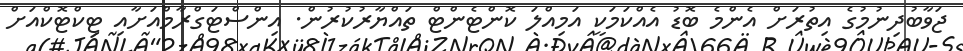
ޖަވާބުދިނުމުގެ އިތުރަށް އެންމެ ބޮޑު އެއްކަމަކީ އަމިއްލަ ކޮންޓެންޓް ތައްޔާރުކުރުން. އިންސްޓަގްރާމްއަށާއި ޓިކްޓޮކްއަށް